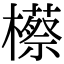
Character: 櫒